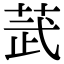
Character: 𫈓